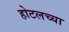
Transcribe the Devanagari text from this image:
होटलच्या